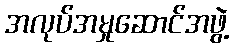
အလုပ်အမှုဆောင်အဖွဲ့